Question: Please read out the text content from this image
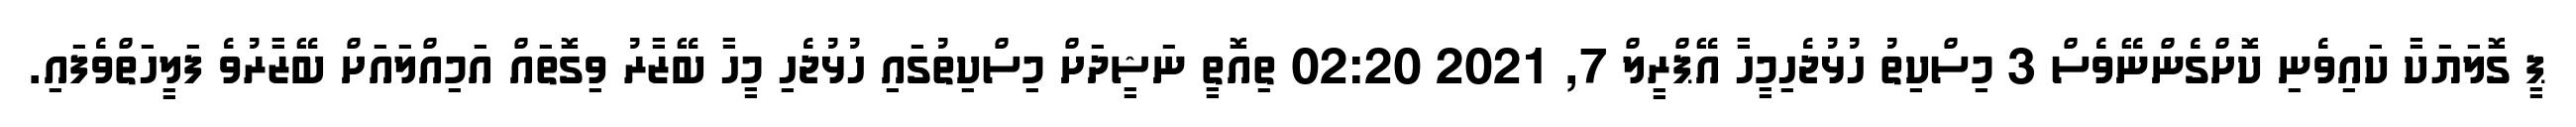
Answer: ޕީ ގޮލަޔަކާ ކައިވެނި ކޮށްގެންނޭވެސް 3 މިސްކިތު ހުޅުޖެހިމީހާ އޭޕްރީލް 7, 2021 02:20 ތިއޮތީ ނަޝީދަށް މިސްކިތުގައި ހުޅުޖެހި މީހާ ބޭޒާރު ވިގޮތައް އަމިއްލައަށް ބޭޒާރުވެ ފަލީހަތްވެފައި.